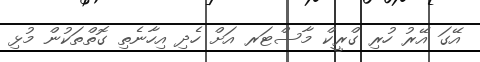
އޭގަ އޭރު ހުރި ގްރީކް މާސްޓަރ އަށް ހެދި އިހާނެތި ގޮތްތަކުން މުޅި